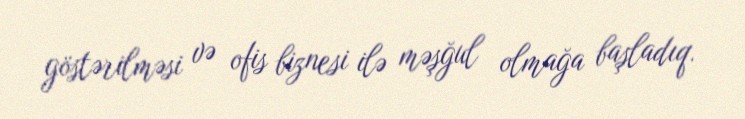
göstərilməsi və ofis biznesi ilə məşğul olmağa başladıq.